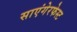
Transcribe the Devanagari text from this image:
साएंगेरफेस्ट